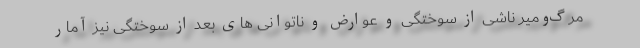
مرگ‌ومیر ناشی از سوختگی و عوارض و ناتوانی های بعد از سوختگی نیز آمار